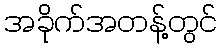
အခိုက်အတန့်တွင်